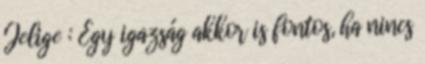
Jelige : Egy igazság akkor is fontos, ha nincs